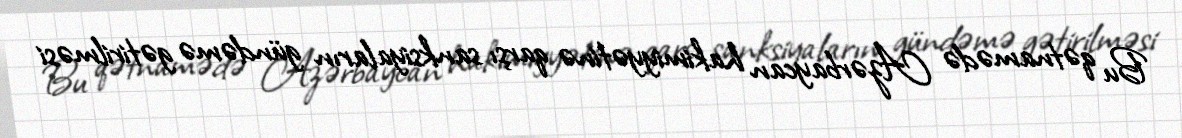
Bu qətnamədə Azərbaycan hakimiyyətinə qarşı sanksiyaların gündəmə gətirilməsi